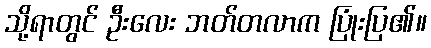
သို့ရာတွင် ဦးလေး ဘတ်တလာက ပြုံးပြ၏။